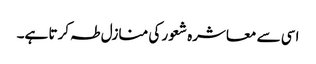
اسی سے معاشرہ شعور کی منازل طہ کرتا ہے۔